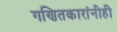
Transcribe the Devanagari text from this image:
गणितकारांनीही